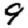
Digit: 9